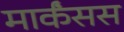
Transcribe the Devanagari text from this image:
मार्कंसस